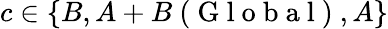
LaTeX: c\in\{ B,A+B\mathrm{~(~G~l~o~b~a~l~)~},A\}